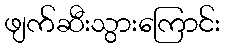
ဖျက်ဆီးသွားကြောင်း